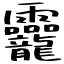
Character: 龗